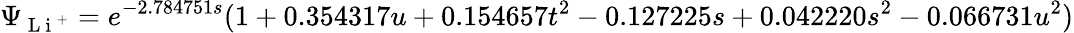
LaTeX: \Psi_{\mathrm{~L~i~}^{+}}=e^{-2.784751s}(1+0.354317u+0.154657t^{2}-0.127225s+0.042220s^{2}-0.066731u^{2})